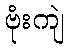
ဗုံးကျဲ